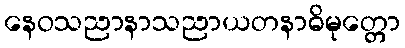
နေဝသညာနာသညာယတနာဓိမုတ္တော